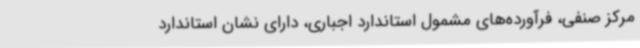
مرکز صنفی، فرآورده‌های مشمول استاندارد اجباری، دارای نشان استاندارد